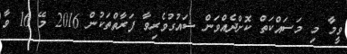
ވީމާ މި މަސައްކަތް ކޮށްދެއްވަން ޝައުގުވެރިވާ ފަރާތްތަކުން 2016 މޭ 16 ވާ